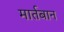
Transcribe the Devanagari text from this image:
मार्तबान